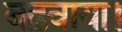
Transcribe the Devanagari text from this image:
बढ़वाया।